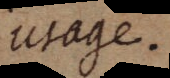
usage.